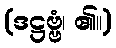
(ဒဋ္ဌဗ္ဗံ၊ ၏။)